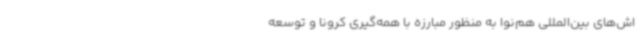
اش‌های بین‌المللی هم‌نوا به منظور مبارزه با همه‌گیری کرونا و توسعه